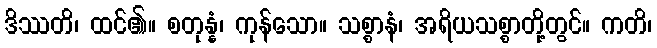
ဒိဿတိ၊ ထင်၏။ စတုန္နံ၊ ကုန်သော။ သစ္စာနံ၊ အရိယသစ္စာတို့တွင်။ ကတိ၊